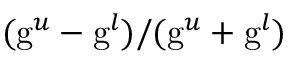
( \mathrm { g } ^ { u } - \mathrm { g } ^ { l } ) / ( \mathrm { g } ^ { u } + \mathrm { g } ^ { l } )